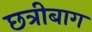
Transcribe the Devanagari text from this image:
छत्रीबाग